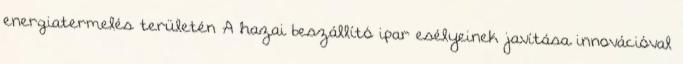
energiatermelés területén A hazai beszállító ipar esélyeinek javítása innovációval